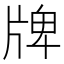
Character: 牌